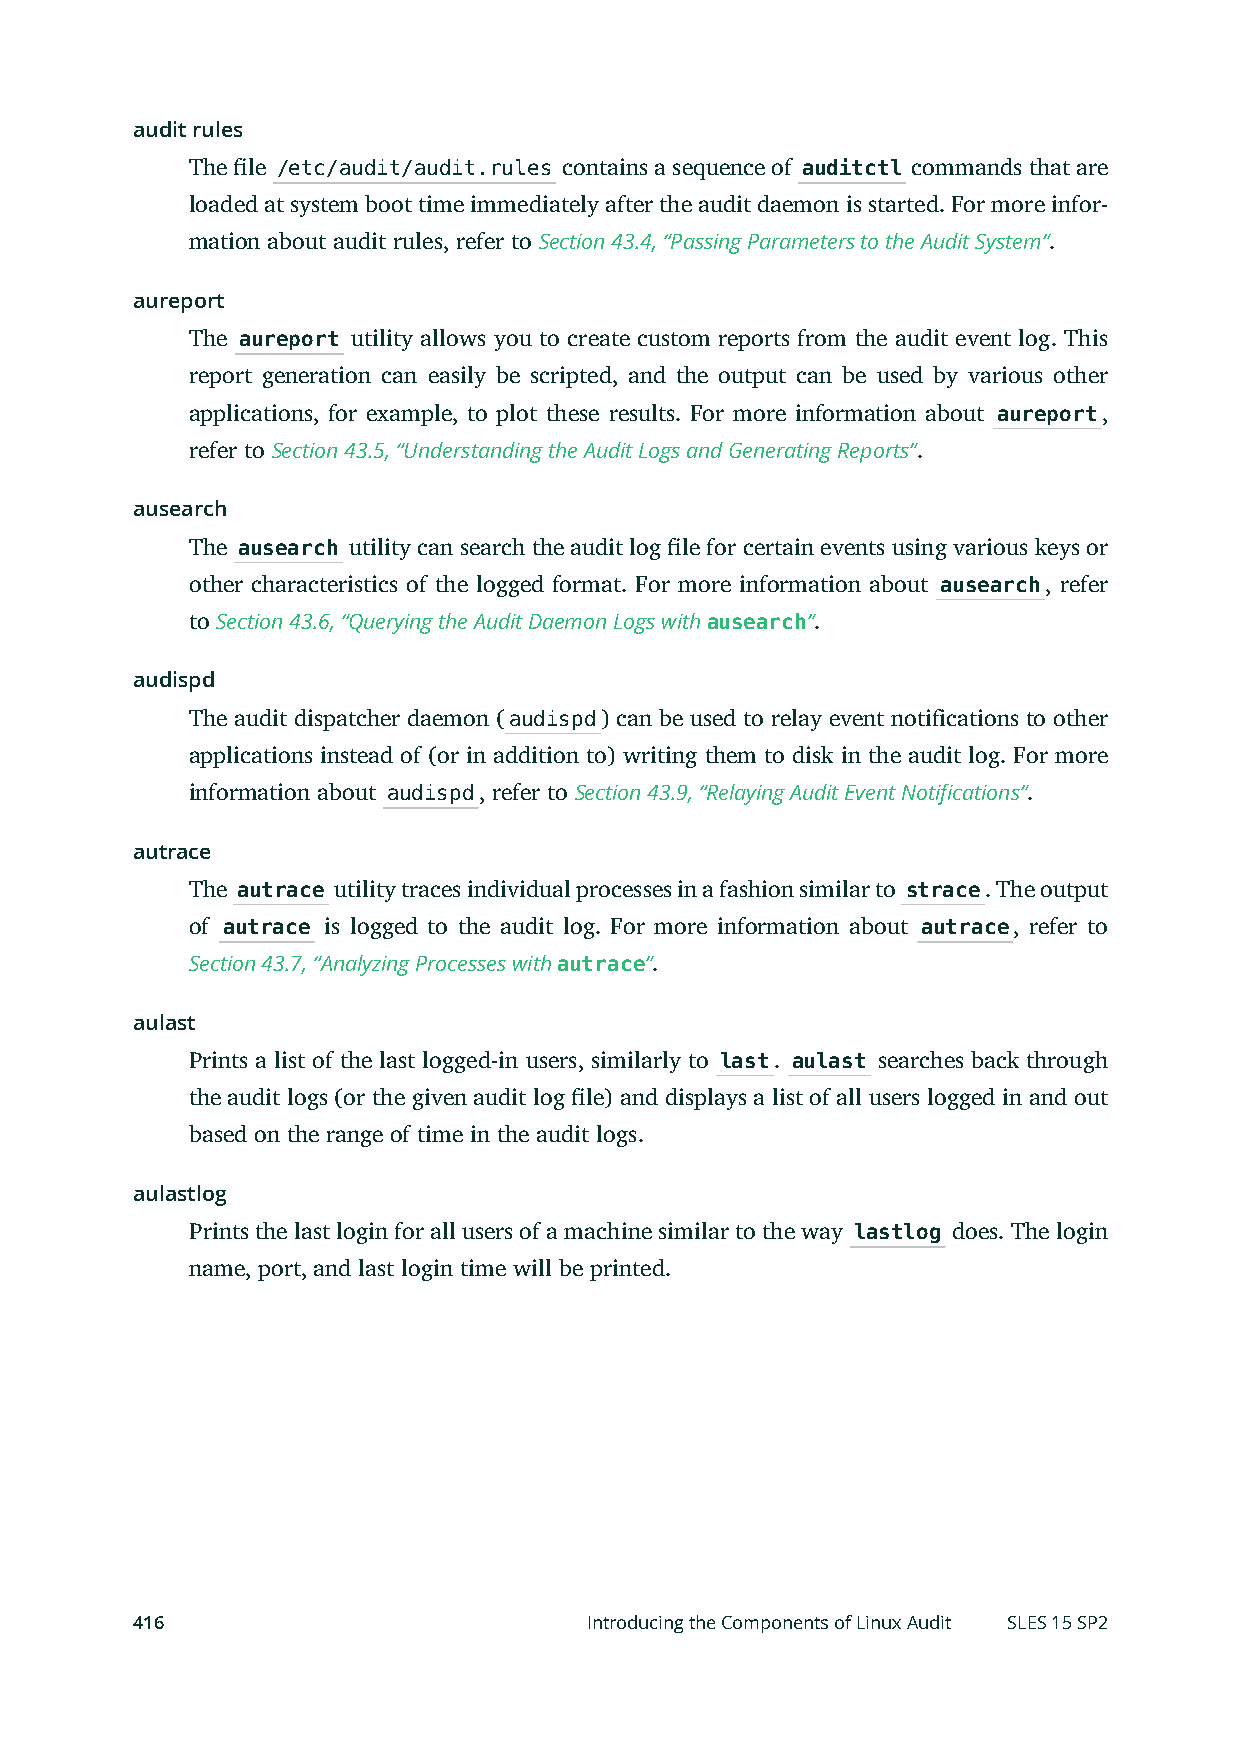
audit rules
 The le /etc/audit/audit.rules contains a sequence of auditctl commands that are
 loaded at system boot time immediately after the audit daemon is started. For more infor-
 mation about audit rules, refer to Section 43.4, “Passing Parameters to the Audit System”.
 aureport
 The aureport utility allows you to create custom reports from the audit event log. This
 report generation can easily be scripted, and the output can be used by various other
 applications, for example, to plot these results. For more information about aureport,
 refer to Section 43.5, “Understanding the Audit Logs and Generating Reports”.
 ausearch
 The ausearch utility can search the audit log le for certain events using various keys or
 other characteristics of the logged format. For more information about ausearch, refer
 to Section 43.6, “Querying the Audit Daemon Logs with ausearch”.
 audispd
 The audit dispatcher daemon (audispd) can be used to relay event notifications to other
 applications instead of (or in addition to) writing them to disk in the audit log. For more
 information about audispd, refer to Section 43.9, “Relaying Audit Event Notifications”.
 autrace
 The autrace utility traces individual processes in a fashion similar to strace. The output
 of autrace is logged to the audit log. For more information about autrace, refer to
 Section 43.7, “Analyzing Processes with autrace”.
 aulast
 Prints a list of the last logged-in users, similarly to last. aulast searches back through
 the audit logs (or the given audit log le) and displays a list of all users logged in and out
 based on the range of time in the audit logs.
 aulastlog
 Prints the last login for all users of a machine similar to the way lastlog does. The login
 name, port, and last login time will be printed.
 416                           Introducing the Components of Linux Audit SLES 15 SP2